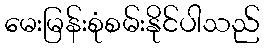
မေးမြန်းစုံစမ်းနိုင်ပါသည်